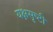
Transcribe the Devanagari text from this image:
यक्षसृष्टी